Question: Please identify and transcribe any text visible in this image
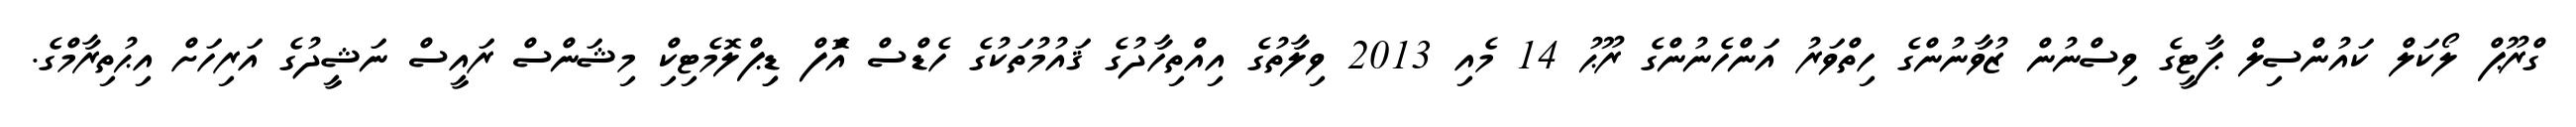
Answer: ގްރޫޕް ލޯކަލް ކައުންސިލް ޕާޓީގެ ވިސްނުން ޒުވާނުންގެ ހިތްވަރު އަންހެނުންގެ ރޫޙު 14 މެއި 2013 ވިލާތުގެ އިއްތިހާދުގެ ޤައުމުތަކުގެ ހެޑްސް އޮްފް ޑިިޕްލޮމެޓިކިް މިޝަންސް ރައީސް ނަޝީދުގެ އަރިހަށް އިޙުތިރާމްގެ.